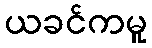
ယခင်ကမူ